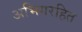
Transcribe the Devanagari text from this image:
अभिगरहित